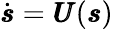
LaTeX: \begin{array}{r}{\dot{\pmb{s}}=\pmb{U}(\pmb{s})}\end{array}